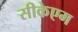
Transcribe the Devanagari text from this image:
सीकेएम